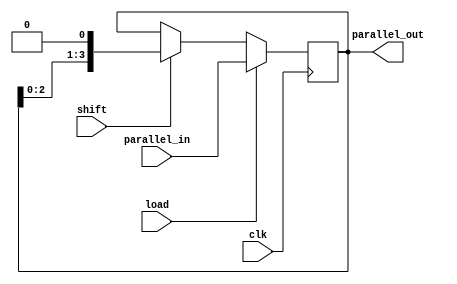
module pipo_shift_register(
    input wire clk,             // Clock input
    input wire load,            // Load control signal
    input wire shift,           // Shift control signal
    input wire [3:0] parallel_in, // Parallel input data
    output reg [3:0] parallel_out // Parallel output data
);

reg [3:0] data;

always @(posedge clk) begin
    if (load) begin
        data <= parallel_in;    // Load data into shift register
    end else if (shift) begin
        data <= {data[2:0], 1'b0}; // Shift data by one bit towards left
    end
end

always @* begin
    parallel_out = data;    // Output data from shift register
end

endmodule